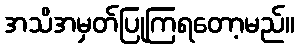
အသိအမှတ်ပြုကြရတော့မည်။